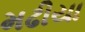
મઢીયા